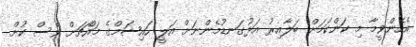
އެހެންވީމާ މި ކަންކަމަށް ބަލާއިރު އަޅުގަނޑުމެންނަށް އަލީ ހައިޝަމްގެ މައްޗަށް ވެސް ކުށް